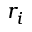
r _ { i }